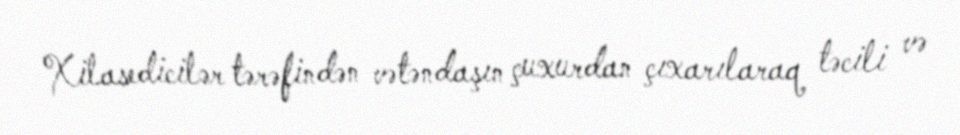
Xilasedicilər tərəfindən vətəndaşın çuxurdan çıxarılaraq təcili və